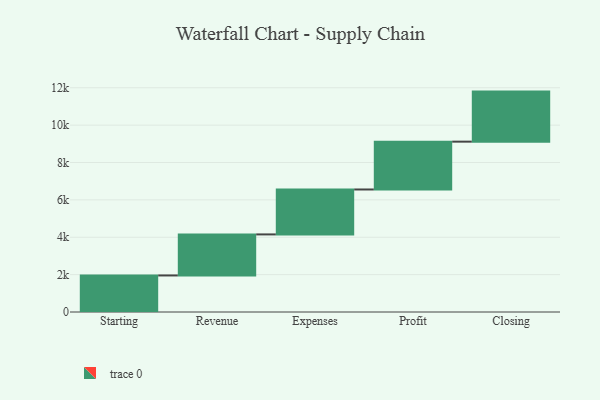
{"axis": {"x": "Step", "y": "Value"}, "legend": [""], "data": [{"x": "Starting", "y": 1956.0, "type": ""}, {"x": "Revenue", "y": 2196.0, "type": ""}, {"x": "Expenses", "y": 2404.0, "type": ""}, {"x": "Profit", "y": 2560.0, "type": ""}, {"x": "Closing", "y": 2678.0, "type": ""}]}